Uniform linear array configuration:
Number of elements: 32
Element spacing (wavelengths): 0.75
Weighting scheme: exponential
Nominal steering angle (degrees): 45
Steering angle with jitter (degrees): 46.807
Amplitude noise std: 0.05
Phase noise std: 0.05

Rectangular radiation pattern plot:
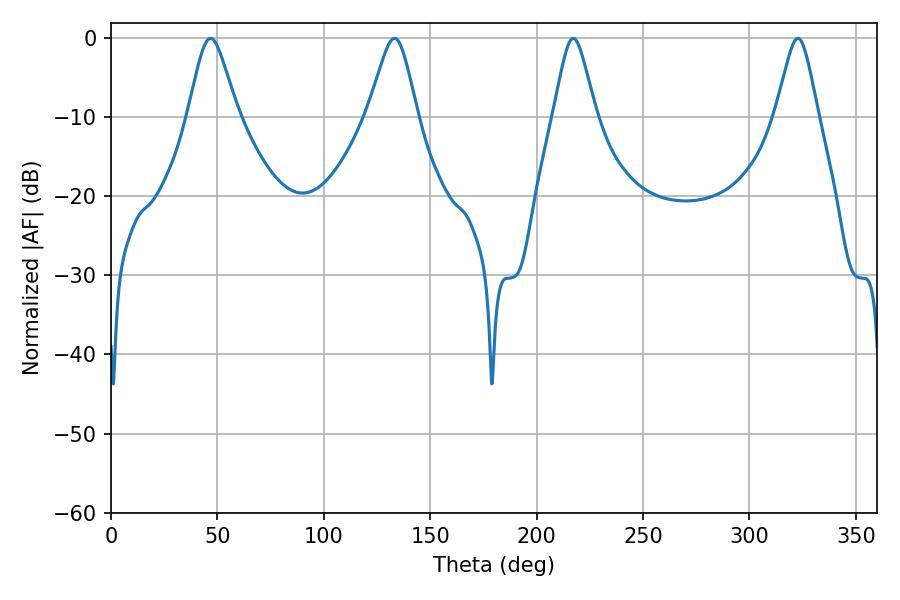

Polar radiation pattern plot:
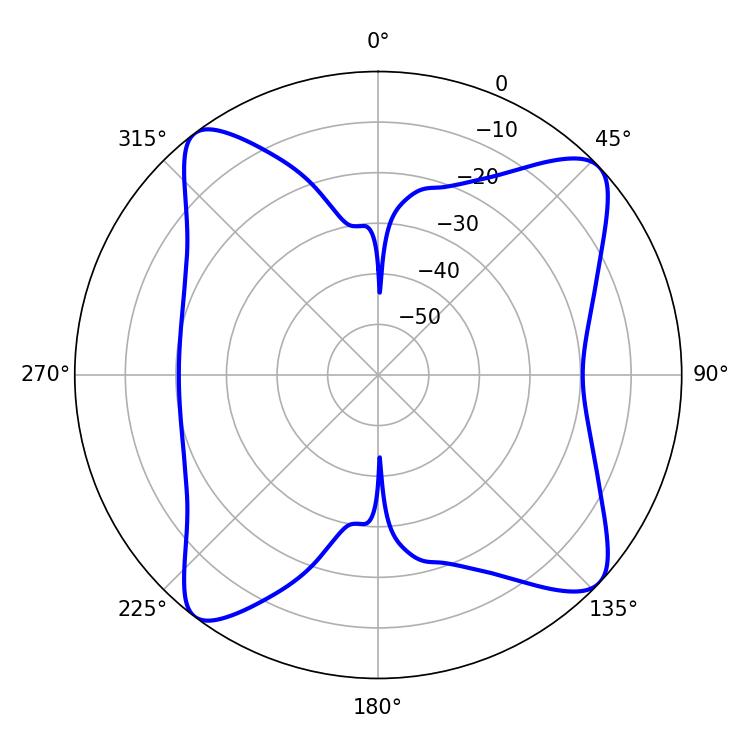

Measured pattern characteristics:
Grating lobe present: TRUE
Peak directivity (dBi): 12.929
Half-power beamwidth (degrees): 11.34
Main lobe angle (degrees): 46.8